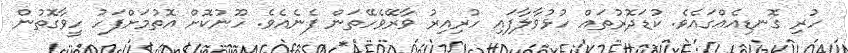
ހުރި ގޮނޑިއެއްގައެވެ. ކުޑަދޮރުތައް ހުޅުވާލާފައި ހުރިއިރު ވާރޭވެހޭތަން ފެނެއެވެ. ހޫނުކޮށް އޮތުމަށްފަހު ހީވާގޮތުން